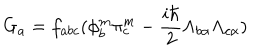
G _ { a } = f _ { a b c } ( \phi _ { b } ^ { m } \pi _ { c } ^ { m } - \frac { i \hbar } { 2 } \Lambda _ { b \alpha } \Lambda _ { c \alpha } )